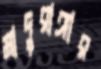
মাদুরাঙ্গার